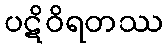
ပဋိဝိရတဿ